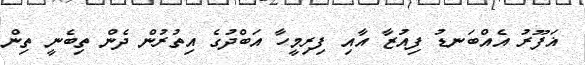
ޣަފޫރު އެއްބަނޑު ފިއުޒާ އާއި ފިރިމީހާ އަބްދުގެ އިތުރުން ދެން ތިބެނީ ތިން